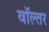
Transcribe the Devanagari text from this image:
वॉल्तर